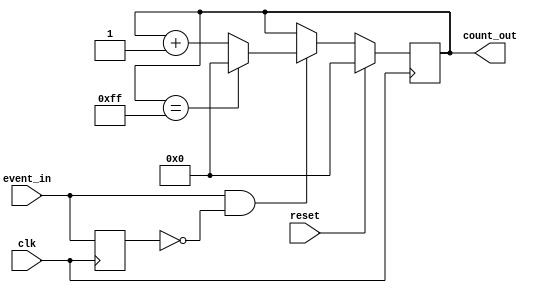
module event_triggered_counter #(
    parameter N = 8  // Width of the counter (in bits), set based on max expected count
)(
    input wire clk,         // Clock signal
    input wire reset,       // Synchronous reset signal
    input wire event_in,    // Event signal to trigger counting
    output reg [N-1:0] count_out // Current count value
);

    // Internal signal to hold the previous state of the event signal
    reg event_prev;

    always @(posedge clk) begin
        if (reset) begin
            // Synchronous reset: reset counter to zero
            count_out <= 0;
        end else begin
            // Edge detection for event_in
            if (event_in && !event_prev) begin
                // If event_in is high and was low previously, increment the counter
                count_out <= count_out + 1;

                // Handle overflow behavior (wrap around)
                if (count_out == {N{1'b1}}) begin
                    count_out <= 0; // Optional: wrap around
                end
            end
        end

        // Update previous event state at each clock edge
        event_prev <= event_in;
    end
endmodule